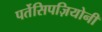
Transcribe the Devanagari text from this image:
पर्तेसिपज़ियोनी